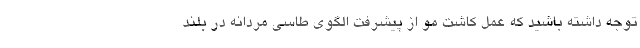
توجه داشته باشید که عمل کاشت مو از پیشرفت الگوی طاسی مردانه در بلند